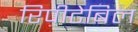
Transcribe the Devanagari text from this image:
रिपीटेबिल